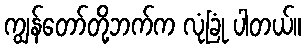
ကျွန်တော်တို့ဘက်က လုံခြုံ ပါတယ်။